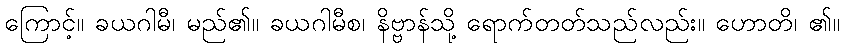
ကြောင့်။ ခယဂါမီ၊ မည်၏။ ခယဂါမီစ၊ နိဗ္ဗာန်သို့ ရောက်တတ်သည်လည်း။ ဟောတိ၊ ၏။